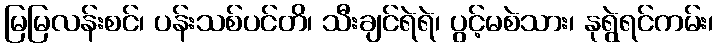
မြမြလန်းစင်၊ ပန်းသစ်ပင်တိ၊ သီးချင်ရဲရဲ၊ ပွင့်မစဲသား၊ နုရွဲရင်ကမ်း၊